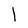
Character: l